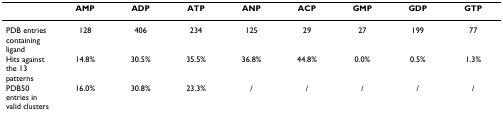
|  | AMP | ADP | ATP | ANP | ACP | GMP | GDP | GTP |
 | --- | --- | --- | --- | --- | --- | --- | --- | --- |
 | PDB entries containing ligand | 128 | 406 | 234 | 125 | 29 | 27 | 199 | 77 |
 | Hits against the 13 patterns | 14.8% | 30.5% | 35.5% | 36.8% | 44.8% | 0.0% | 0.5% | 1.3% |
 | PDB50 entries in valid clusters | 16.0% | 30.8% | 23.3% | / | / | / | / | / |